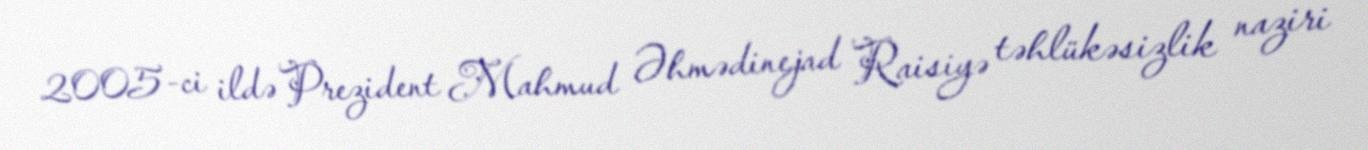
2005-ci ildə Prezident Mahmud Əhmədinejad Raisiyə təhlükəsizlik naziri